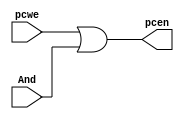
`timescale 1ns / 1ps
//////////////////////////////////////////////////////////////////////////////////
// Company: 
// Engineer: 
// 
// Design Name: 
// Module Name: Or
// Project Name: 
// Target Devices: 
// Tool Versions: 
// Description: 
// 
// Dependencies: 
// 
// Revision:
// Revision 0.01 - File Created
// Additional Comments:
// 
//////////////////////////////////////////////////////////////////////////////////


module Or(input pcwe, And,
            output pcen);

    assign pcen = pcwe || And;
endmodule